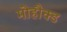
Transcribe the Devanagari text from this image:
मोहौक्ड